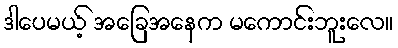
ဒါပေမယ့် အခြေအနေက မကောင်းဘူးလေ။